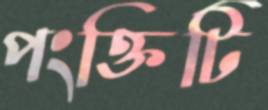
পংক্তিটি